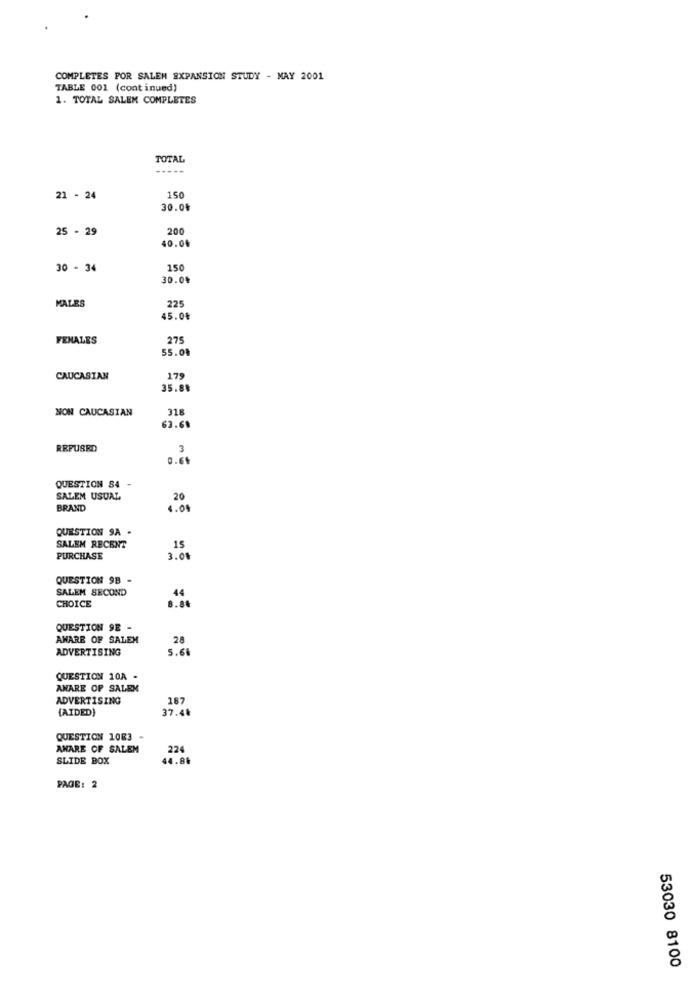
COMPLETES POR SALEM EXPANSION STUDY - MAY 2001
TABLE 001 (continued)
1. TOTAL SALEM COMPLETES
TOTAL
21 - 24
150
30.0%
25 - 29
200
40.0
30 - 34
150
30.04
225
MALES
45.00
FEMALES
275
55.01
CAUCASIAN
179
35.80
NON CAUCASIAN
318
63.61
REFUSED
3
0.6+
QUESTION SA -
SALEM USUAL
20
BRAND
1.01
QUESTION SA -
SALEM RECENT
15
PURCHASE
3.05
QUESTION 9B -
SALEM SECOND
44
CHOICE
8.84
QUESTION 9E -
AWARE OF SALEM
28
ADVERTISING
5.61
QUESTION 10A -
AWARE OF SALEM
ADVERTISING
167
{AIDED)
37.48
QUESTION 1083
AMARE OF SALEM
224
SLIDE BOX
44.86
PAGE: 2
53030 8100